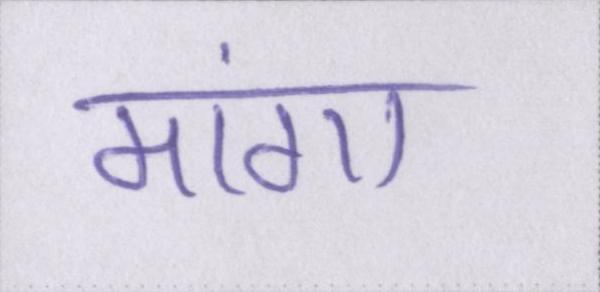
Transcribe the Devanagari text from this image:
मांगा